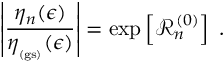
\left| \frac { \eta _ { n } ( \epsilon ) } { \eta _ { _ \mathrm { ( g s ) } } ( \epsilon ) } \right| = \exp \left[ { \mathcal R } _ { n } ^ { ( 0 ) } \right] \; .